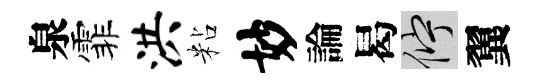
泉霏洪粘妙論曷伫翼